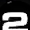
Digit: 2